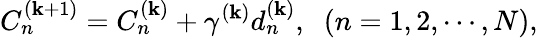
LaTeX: C_{n}^{\left({\mathbf{k}+1}\right)}=C_{n}^{\left(\mathbf{k}\right)}+{\gamma^{\left(\mathbf{k}\right)}}d_{n}^{\left(\mathbf{k}\right)},\; \; \left({n=1,2,\cdots,N}\right),